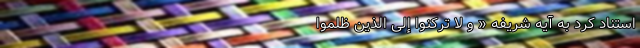
استناد کرد به آیه شریفه « و لَا تَرْکَنُوا إِلَى الَّذِینَ ظَلَمُوا